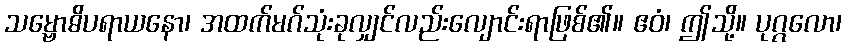
သမ္ဗောဓိပရာယနော၊ အထက်မဂ်သုံးခုလျှင်လည်းလျောင်းရာဖြစ်၏။ ဧဝံ၊ ဤသို့။ ပုဂ္ဂလော၊